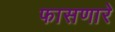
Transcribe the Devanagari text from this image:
फासणारे